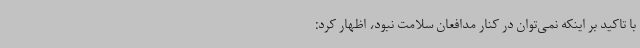
با تاکید بر اینکه نمی‌توان در کنار مدافعان سلامت نبود، اظهار کرد: